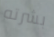
بشرته